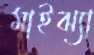
মাইঝ্যা